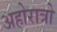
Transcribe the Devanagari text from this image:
अहोरात्रो